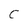
Character: C